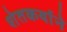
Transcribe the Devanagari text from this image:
शेतकर्याने